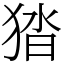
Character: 㹺